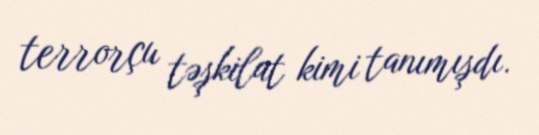
terrorçu təşkilat kimi tanımışdı.